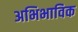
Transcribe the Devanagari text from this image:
अभिभाविक